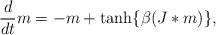
LaTeX: \begin{align*}\frac{d}{dt}m=-m+\tanh\{\beta(J\ast m)\},\end{align*}